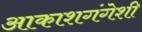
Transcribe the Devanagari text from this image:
आकाशगंगेशी